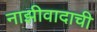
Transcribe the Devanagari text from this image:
नाझीवादाची